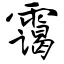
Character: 霭